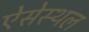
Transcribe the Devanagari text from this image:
ऐसेस्थल